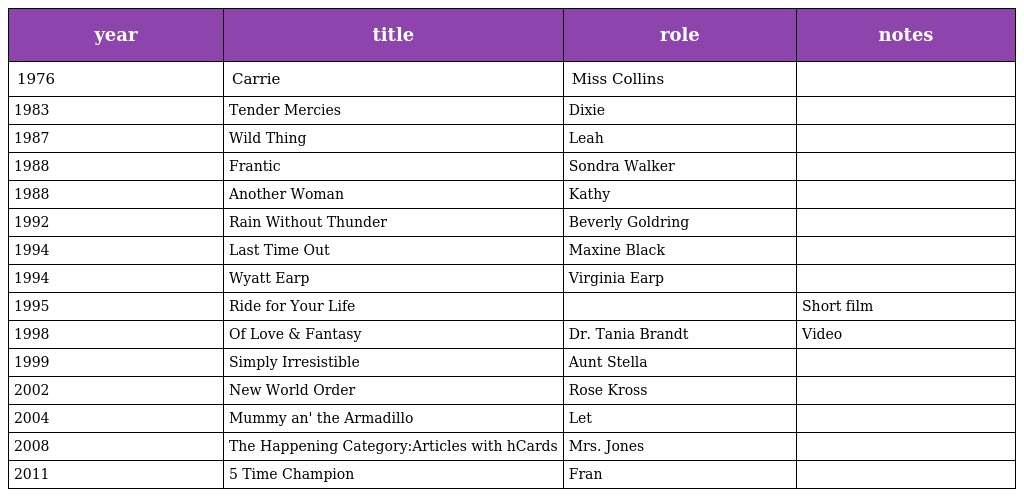
| year | title | role | notes |
 | --- | --- | --- | --- |
 | 1976 | Carrie | Miss Collins |  |
 | 1983 | Tender Mercies | Dixie |  |
 | 1987 | Wild Thing | Leah |  |
 | 1988 | Frantic | Sondra Walker |  |
 | 1988 | Another Woman | Kathy |  |
 | 1992 | Rain Without Thunder | Beverly Goldring |  |
 | 1994 | Last Time Out | Maxine Black |  |
 | 1994 | Wyatt Earp | Virginia Earp |  |
 | 1995 | Ride for Your Life |  | Short film |
 | 1998 | Of Love & Fantasy | Dr. Tania Brandt | Video |
 | 1999 | Simply Irresistible | Aunt Stella |  |
 | 2002 | New World Order | Rose Kross |  |
 | 2004 | Mummy an' the Armadillo | Let |  |
 | 2008 | The Happening Category:Articles with hCards | Mrs. Jones |  |
 | 2011 | 5 Time Champion | Fran |  |